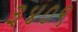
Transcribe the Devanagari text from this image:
३४०९